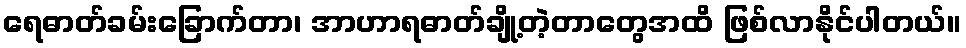
ရေဓာတ်ခမ်းခြောက်တာ၊ အာဟာရဓာတ်ချို့တဲ့တာတွေအထိ ဖြစ်လာနိုင်ပါတယ်။